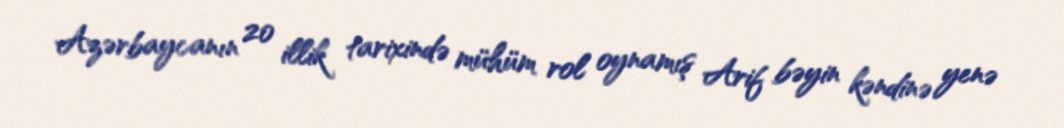
Azərbaycanın 20 illik tarixində mühüm rol oynamış Arif bəyin kəndinə yenə